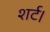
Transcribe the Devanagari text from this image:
शर्ट।